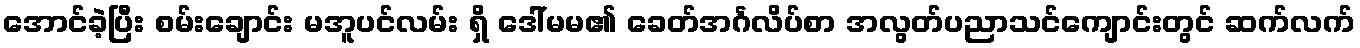
အောင်ခဲ့ပြီး စမ်းချောင်း မအူပင်လမ်း ရှိ ဒေါ်မမ၏ ခေတ်အင်္ဂလိပ်စာ အလွတ်ပညာသင်ကျောင်းတွင် ဆက်လက်